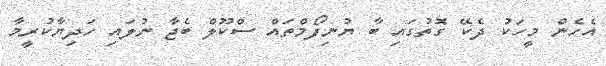
އެހެން މީހަކު ދެކޭ ގޮތުގައި ބާ ޔުނިފޯމްތައް ސްކޫލް ބެޖާ ނުލައި ހަދިޔާކުރީމާ